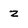
Character: z